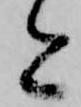
今